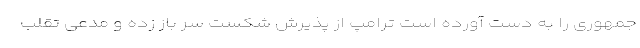
جمهوری را به دست آورده است ترامپ از پذیرش شکست سر باز زده و مدعی تقلب